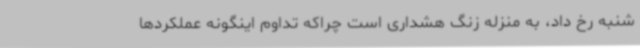
شنبه رخ داد، به منزله زنگ هشداری است چراکه تداوم اینگونه عملکردها